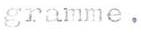
gramme.